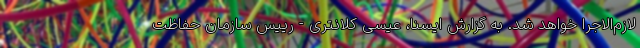
لازم‌الاجرا خواهد شد. به گزارش ایسنا، عیسی کلانتری - رییس سازمان حفاظت